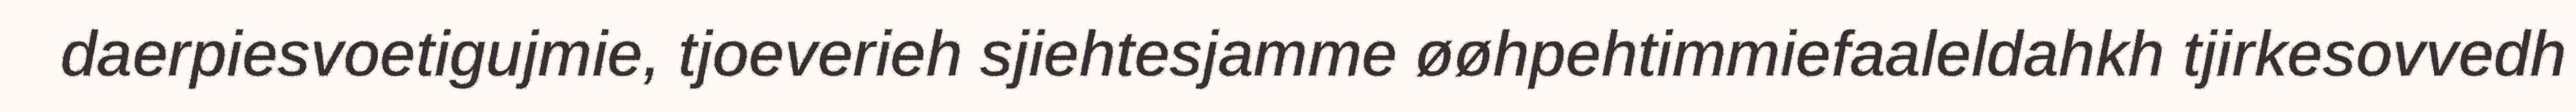
daerpiesvoetigujmie, tjoeverieh sjiehtesjamme øøhpehtimmiefaaleldahkh tjirkesovvedh